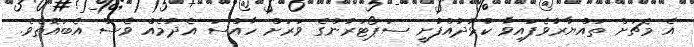
އެ މެޗަށް ތައްޔާރުވެފައިވާ ކުޅުދުއްފުށީ ސަޕޯޓަރުންގެ ވަރަށް ހާއްސަ އެދުމެއް ވެސް އެބައޮތެވެ.